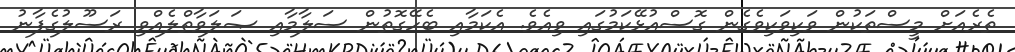
ތެރެއަށް މީސްތަކުން ވަކިވަކިވެގެން ގޮސްއުޅޭކަމުގައި ވިއެވެ. އެކަމާއި ބެހޭގޮތުން ސަލާމާއި ޞަލަވާތްލެއްވި ރަސޫލުގެފާނު